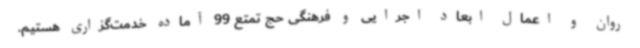
روان و اعمال ابعاد اجرایی و فرهنگی حج تمتع 99 آماده خدمت‌گزاری هستیم.